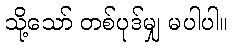
သို့သော် တစ်ပုဒ်မျှ မပါပါ။